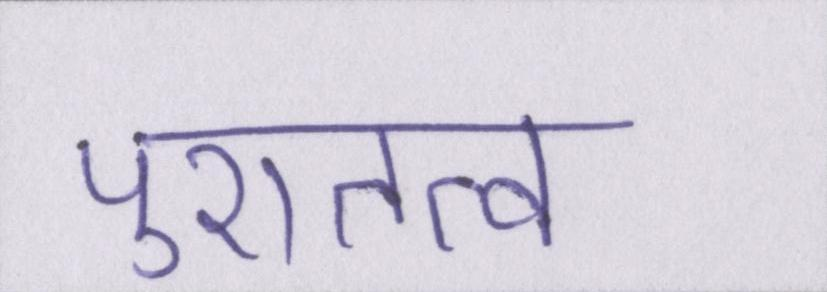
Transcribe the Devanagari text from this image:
पुरातत्व